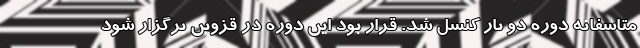
متاسفانه دوره دو بار کنسل شد. قرار بود این دوره در قزوین برگزار شود